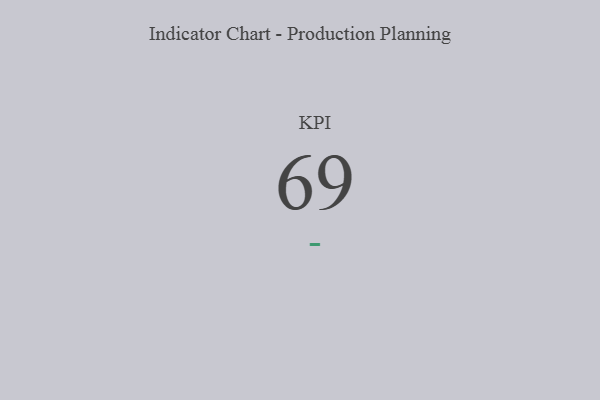
{"axis": {"x": "KPI", "y": "Value"}, "legend": [""], "data": [{"x": "KPI", "y": 69, "type": ""}]}